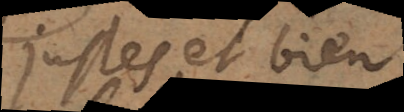
justes et bien